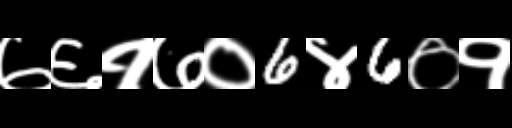
Text: ७६१७०6४6०१